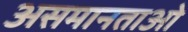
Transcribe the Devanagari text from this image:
असमानताओ